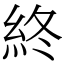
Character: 終